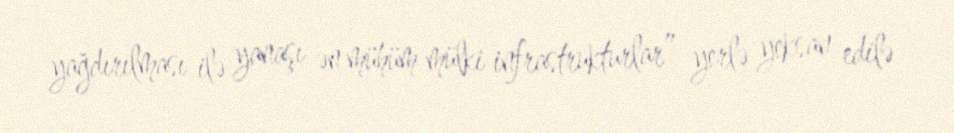
yağdırılması ilə yanaşı ən mühüm mülki infrastrukturlar” yerlə yeksan edilə